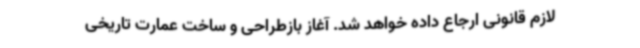
لازم قانونی ارجاع داده خواهد شد. آغاز بازطراحی و ساخت عمارت تاریخی